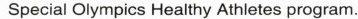
Special Olympics Healthy Athletes program.